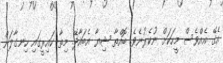
އެގޭ އެއްވެސް މީހަކަށް ނުކެރުނެވެ. ބޮއްތާ ޝިޔާ އެބައާދޭ. މިތާ ކައިރީގައި ހިނގާލަން